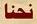
نحنا